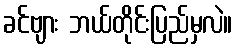
ခင်ဗျား ဘယ်တိုင်းပြည်မှလဲ။